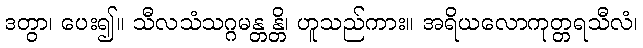
ဒတွာ၊ ပေး၍။ သီလသံသဂ္ဂမန္တန္တိ၊ ဟူသည်ကား။ အရိယလောကုတ္တရသီလံ၊